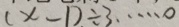
( x - 1 ) \div 3 \cdots 0